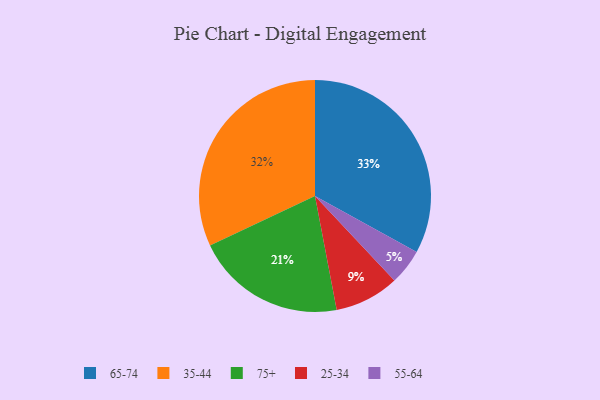
{"axis": {"x": "Category", "y": "Percentage"}, "legend": ["25-34", "35-44", "55-64", "65-74", "75+"], "data": [{"x": "55-64", "y": 5, "type": "55-64"}, {"x": "75+", "y": 21, "type": "75+"}, {"x": "65-74", "y": 33, "type": "65-74"}, {"x": "25-34", "y": 9, "type": "25-34"}, {"x": "35-44", "y": 32, "type": "35-44"}]}